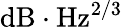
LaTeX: \mathrm{{dB}\cdot\mathrm{{Hz}^{2/3}}}